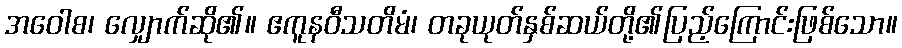
အဝေါစ၊ လျှောက်ဆို၏။ ဧကူနဝီသတိမံ၊ တခုယုတ်နှစ်ဆယ်တို့၏ပြည့်ကြောင်းဖြစ်သော။